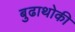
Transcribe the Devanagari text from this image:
बुढाथोकी